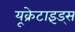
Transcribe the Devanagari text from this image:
यूक्रेटाइंड्स